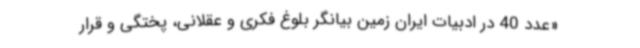
«عدد 40 در ادبیات ایران زمین بیانگر بلوغ فکری و عقلانی، پختگی و قرار